Annual report of the Punjab Veterinary College and of the Civil Veterinary Department, Punjab - 1926-1932
Year: 1926
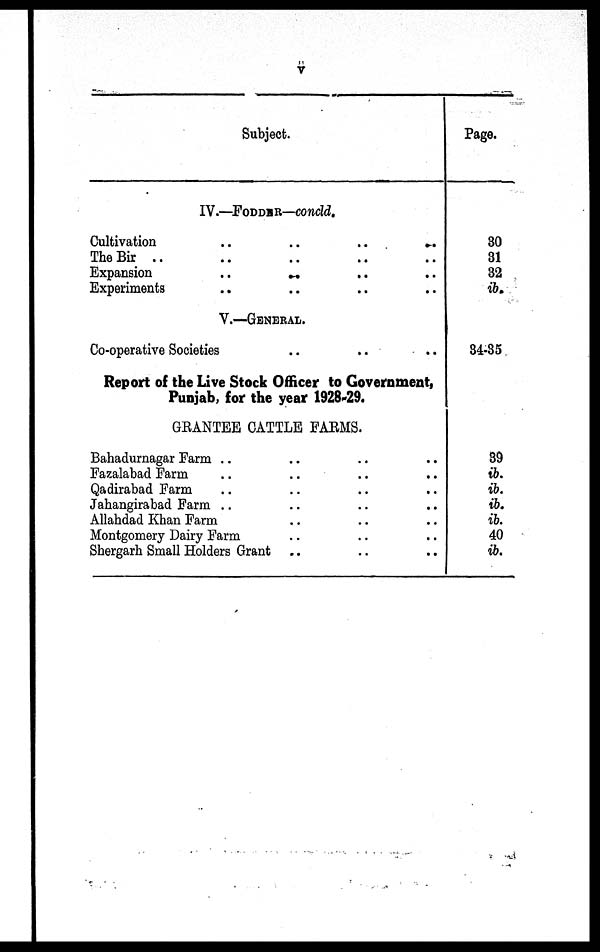
v
Subject.
IV.—FODDER—concld.
Cultivation
..
..
..
..
The Bir .. .. .. ..
Expansion
.. .. .. ..
Experiments .. .. .. ..
V.—GENERAL
Co-operative Societies
..
.. .. ..
Report of the Live Stock Officer to Government,
Punjab, for the year 1928-29.
GRANTEE CATTLE FARMS.
Bahadurnagar Farm .. .. .. ..
Fazalabad Farm .. .. .. ..
Qadirabad Farm .. .. .. ..
Jahangirabad Farm .. .. .. ..
Allahdad Khan Farm .. .. .. ..
Montgomery Dairy Farm .. .. ..
Shergarh Small Holders Grant .. .. .. ..
Page.
30
31
32
ib.
34-35
39
ib.
ib.
ib.
ib.
40
ib.